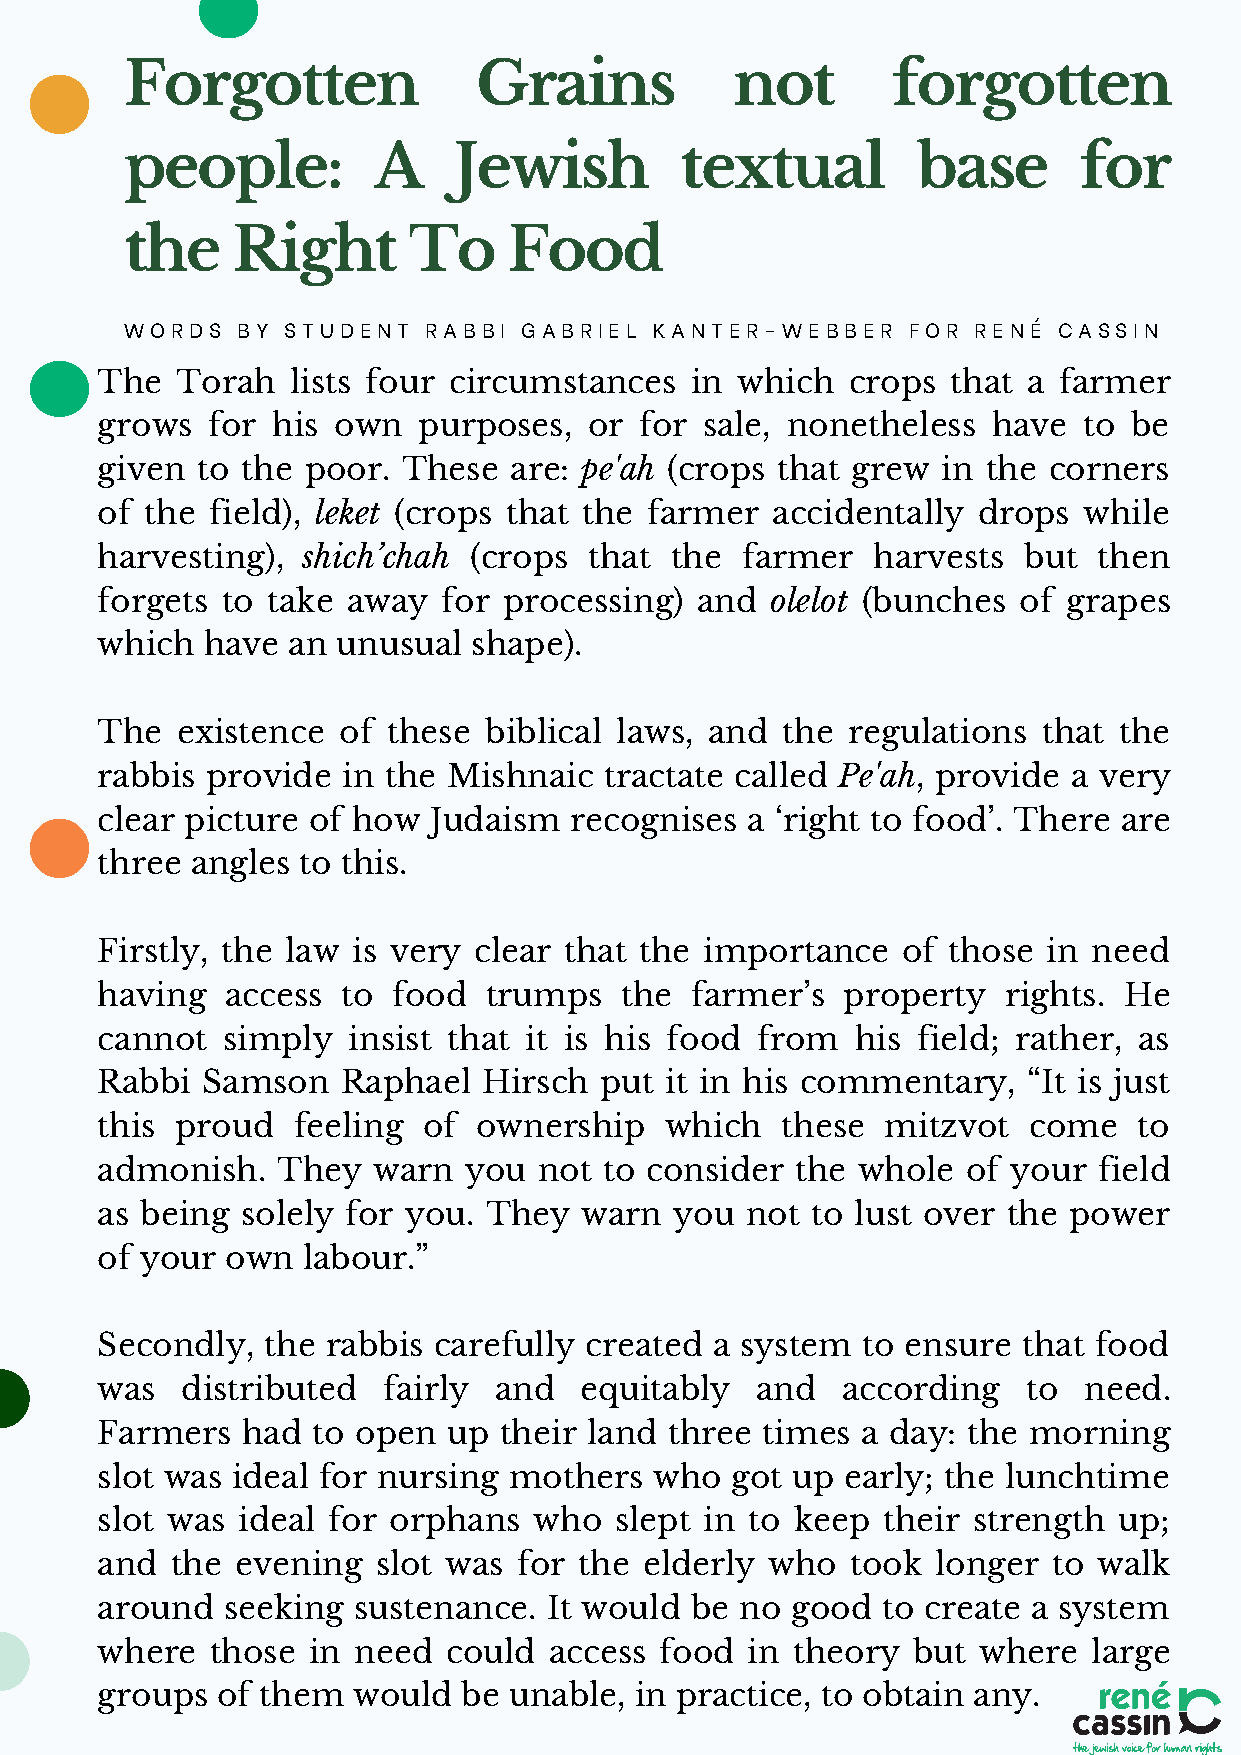
Forgotten               Grains           not       forgotten
 people:          A    Jewish         textual         base      for
 the    Right       To     Food
 WORDS   BY STUDENT  RABBI GABRIEL  KANTER-WEBBER    FOR RENÉ  CASSIN
 The   Torah  lists four circumstances   in which  crops  that a farmer
 grows   for his own   purposes,  or for  sale, nonetheless  have  to be
 given  to the poor.  These  are: pe'ah (crops that grew in the corners
 of  the field), leket (crops that the farmer accidentally  drops  while
 harvesting),  shich’chah (crops  that the  farmer   harvests  but  then
 forgets  to take away  for processing)  and  olelot (bunches of  grapes
 which  have  an unusual  shape).
 The   existence of  these biblical laws, and  the regulations  that the
 rabbis  provide  in the Mishnaic  tractate called Pe'ah, provide a very
 clear picture of how  Judaism   recognises a ‘right to food’. There are
 three  angles to this.
 Firstly, the law is very clear that the  importance   of those in need
 having   access  to food  trumps   the  farmer’s  property  rights. He
 cannot   simply  insist that it is his food from   his field; rather, as
 Rabbi  Samson    Raphael  Hirsch  put it in his commentary,   “It is just
 this  proud  feeling  of ownership    which   these  mitzvot  come   to
 admonish.   They   warn  you  not to consider  the whole  of your  field
 as being  solely for you. They  warn   you not  to lust over the power
 of your  own  labour.”
 Secondly,  the  rabbis carefully created a system  to ensure  that food
 was   distributed  fairly  and  equitably   and   according   to  need.
 Farmers   had  to open  up their land three times  a day: the morning
 slot was ideal for nursing  mothers  who  got up  early; the lunchtime
 slot was  ideal for orphans  who   slept in to keep their strength  up;
 and  the  evening  slot was for the  elderly who  took  longer  to walk
 around   seeking sustenance.  It would  be no good  to create a system
 where   those in need   could access  food in theory  but  where  large
 groups  of them  would   be unable, in practice, to obtain any.